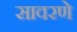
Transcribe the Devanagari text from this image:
सावरणे